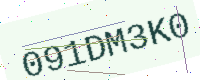
Text: 091DM3K0